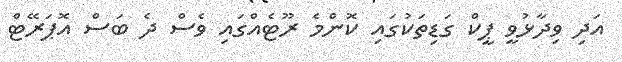
އަދި ވިދާޅުވީ ޕީކް ގަޑިތަކުގައި ކޮންމެ ރޫޓެއްގައި ވެސް ދެ ބަސް އޮޕަރޭޓް